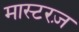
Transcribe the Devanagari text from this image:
मास्टरज़